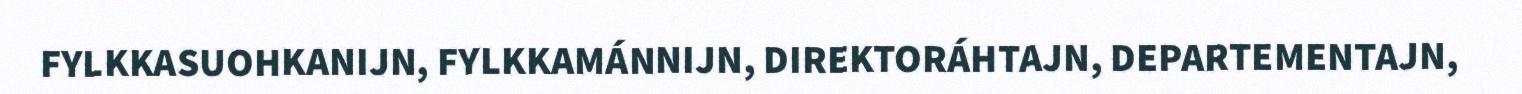
FYLKKASUOHKANIJN, FYLKKAMÁNNIJN, DIREKTORÁHTAJN, DEPARTEMENTAJN,